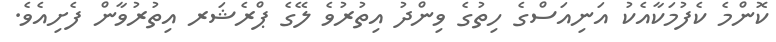
ކޮންމެ ކެފުމަކާއެކު އަނިއަސްގެ ހިތުގެ ވިންދު އިތުރުވެ ލޭގެ ޕްރެޝަރ އިތުރުވާން ފެށިއެވެ.